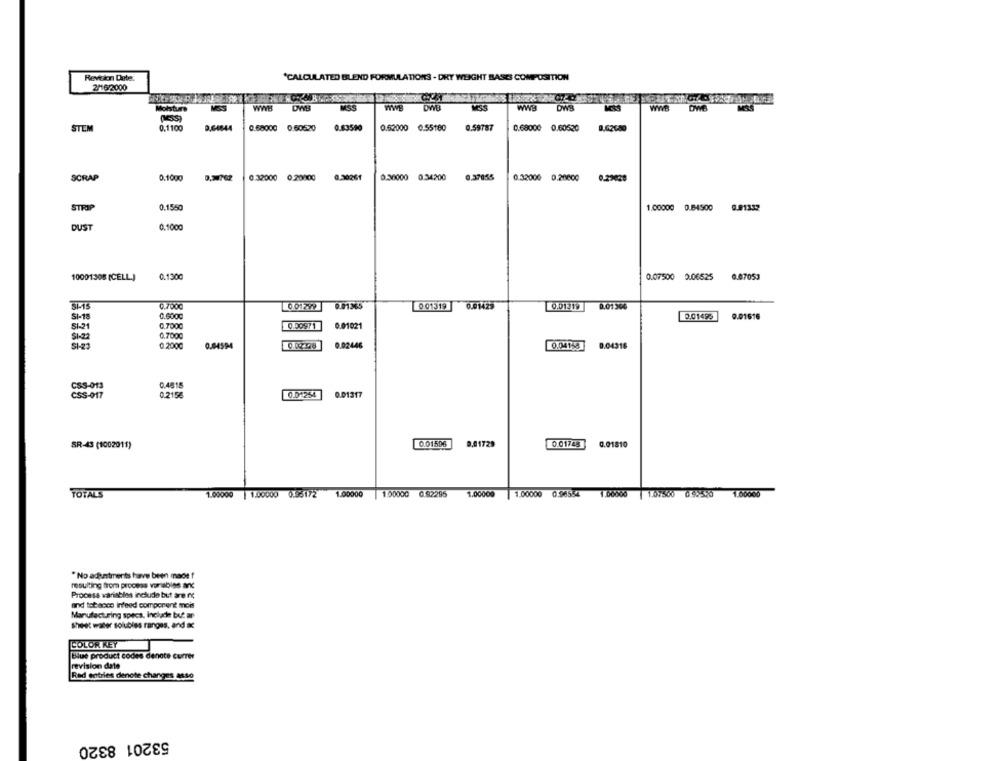
Revision Darte.
"CALCULATED BLEND FORMULATIONS - DRY WEIGHT BASES COMPOSITION
2/16/2000
WWB
DWB
MSS
DWS
Moisture
STEM
0,1100
9.64644
0.68000 0.50520
0.63590
0.62000 0.55180
0.59787
0.68000 0.60520
9.62680
0.30261
SCRAP
9.1000
0.32000 0.20000
0.30000 0.34200
0.37055
0.32000 0.20000
0.29628
STRIP
0.1550
1.00000
0.64500
0.91332
DUST
0.1000
10001308 (CELL)
.130℃
0.07500 0.06525
6.07053
C.7000
001799
0 01319
0.01425
0.01 504
SI-18
0.6000
2.01493
0.01616
SI-21
0.7000
0.00971
0.01021
$1-22
0.7000
0.2000
0.04594
0.02446
0.04158
0.04318
CSS-013
0.4515
CSS-017
0.215€
0.01254
0.01317
0.01596
SR-43 (1002011)
0,01729
0.01748
0.01810
TOTALS
1.00000 | 1.00000 0.55172 1.00000
1.00000 0.82295
1.00000
1.00000 0.96554 1.06000 | 1.07500 038520 1.00000
"No adunitments have been made f
resulting from process variables and
Process variables include but are nc
and tobacco infeed comporent mois
Manufacturing specs, Include but ar
ShiHt water solubles ranges. and &
COLOR KEY
Blue product codes denate currer
revision date
Red entries denote changes asso
53201 8320